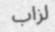
لزاب